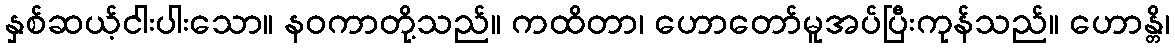
နှစ်ဆယ့်ငါးပါးသော။ နဝကာတို့သည်။ ကထိတာ၊ ဟောတော်မူအပ်ပြီးကုန်သည်။ ဟောန္တိ၊